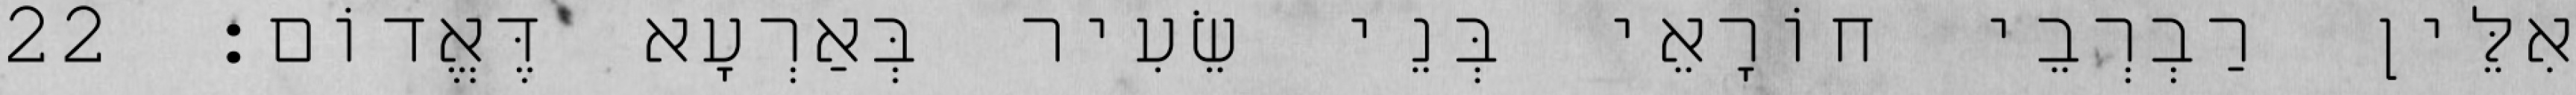
אִלֵּין רַבְרְבֵי חוֹרָאֵי בְּנֵי שֵׂעִיר בְּאַרְעָא דֶּאֱדוֹם׃ 22